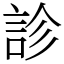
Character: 診